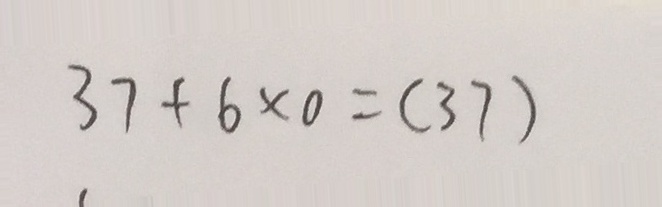
3 7 + 6 \times 0 = ( 3 7 )